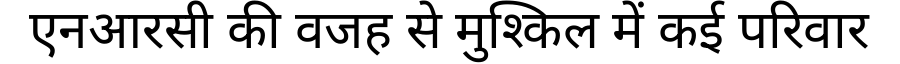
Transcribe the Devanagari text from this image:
एनआरसी की वजह से मुश्किल में कई परिवार